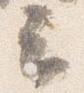
云